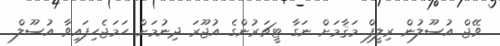
ވޭޖް އުސޫލުން ރިލީފް މަޤާމަށް ނަގާ ޓީޗަރުންގެ އުޖޫރަ ދިނުމަށް ހަމަޖެހިފައިވާ އުސޫލް